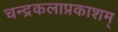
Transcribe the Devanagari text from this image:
चन्द्रकलाप्रकाशम्